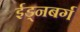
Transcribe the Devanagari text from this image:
ईड्नबर्ग